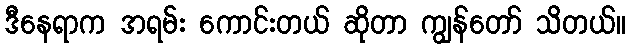
ဒီနေရာက အရမ်း ကောင်းတယ် ဆိုတာ ကျွန်တော် သိတယ်။